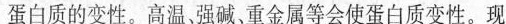
蛋白质的变性。高温，强碱、重金属等会使蛋白质变性。现